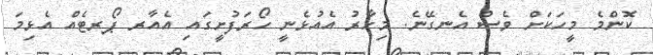
ކޮންމެ މީހަކަށް ވެސް އެނގޭނެ. މިހާރު އެއުޅެނީ ހޯރަފުށީގައި އެއާރ ޕޯރޓެއް އެޅިމަ